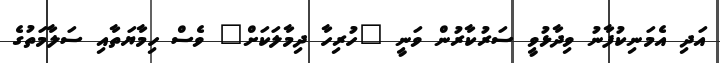
އަދި އެމަނިކުފާނު ވިދާޅުވީ ސަރުކާރުން ވަނީ "ހުރިހާ ދިމާލަކަށް" ވެސް ހިމާޔަތާއި ސަލާމަތުގެ